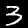
Label: 3